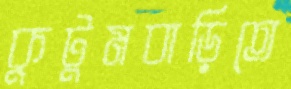
কুটুমবাড়িতে